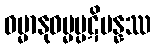
ဓမ္မာနုဓမ္မပ္ပဋိပန္နဿ